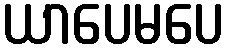
ယာပေမပေ